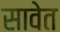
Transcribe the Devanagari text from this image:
सावेत